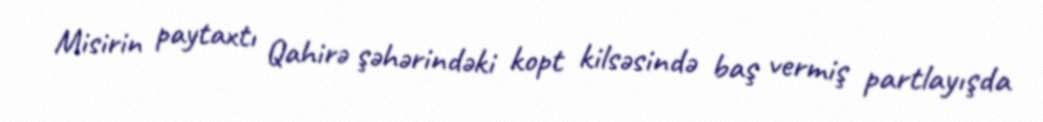
Misirin paytaxtı Qahirə şəhərindəki kopt kilsəsində baş vermiş partlayışda